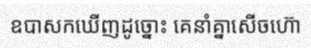
ឧបាសកឃើញដូច្នោះ គេនាំគ្នាសើចហ៊ោ